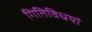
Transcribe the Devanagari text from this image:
गितिविधयां